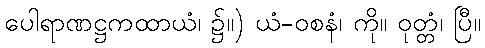
ပေါရာဏဋ္ဌကထာယံ၊ ၌။) ယံ-ဝစနံ၊ ကို။ ဝုတ္တံ၊ ပြီ။